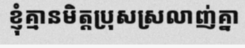
ខ្ញុំគ្មានមិត្តប្រុសស្រលាញ់គ្នា